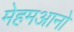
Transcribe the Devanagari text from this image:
मेहमआनो